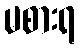
မစားရ